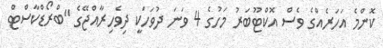
ކޮންމެ އަހަރެއްގެ ވެސް އޮކްޓޫބަރު މަހުގެ 4 ވަނަ ދުވަހަކީ ދިވެހިރާއްޖޭގެ "ބްރޯޑްކާސްޓް